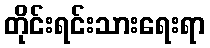
တိုင်းရင်းသားရေးရာ